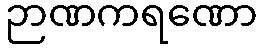
ဉာဏကရဏော